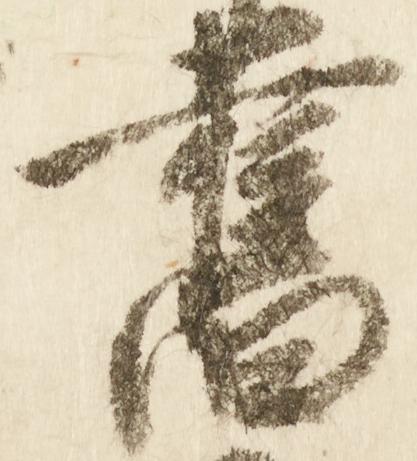
旧